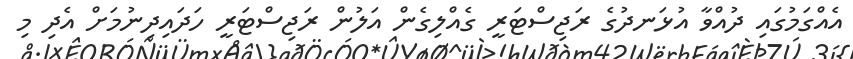
އެއްގަމުގައި ދުއްވާ އުޅަނދުގެ ރަޖިސްޓަރީ ގެއްލިގެން އަލުން ރަޖިސްޓަރީ ހަދައިދިނުމަށް އެދި މި